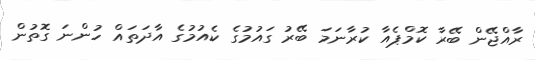
ރާއްޖޭން ބޭރާ ކޮމްޕެއާ ކުރާނަމަ ބޭރު ގައުމުގެ ކެއުމުގެ އާދަތައް ހުންނަ ގޮތުން